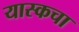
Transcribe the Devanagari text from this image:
यास्कचा